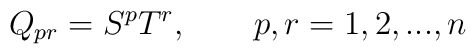
Q_{pr}=S^{p}T^{r},\qquad p,r=1,2,...,n